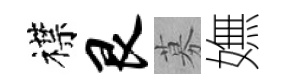
襟艮募嫵